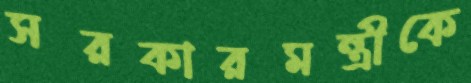
সরকারমন্ত্রীকে